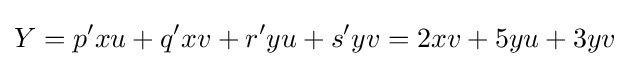
Y=p^{\prime }xu+q^{\prime }xv+r^{\prime }yu+s^{\prime }yv=2xv+5yu+3yv